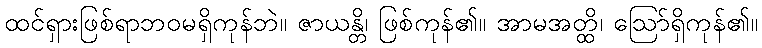
ထင်ရှားဖြစ်ရာဘဝမရှိကုန်ဘဲ။ ဇာယန္တိ၊ ဖြစ်ကုန်၏။ အာမအတ္ထိ၊ ဩော်ရှိကုန်၏။